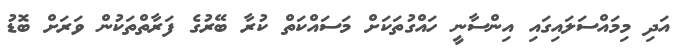
އަދި މިމައްސަލައިގައި އިންސާނީ ހައްގުތަކަށް މަސައްކަތް ކުރާ ބޭރުގެ ފަރާތްތަކުން ވަރަށް ބޮޑު